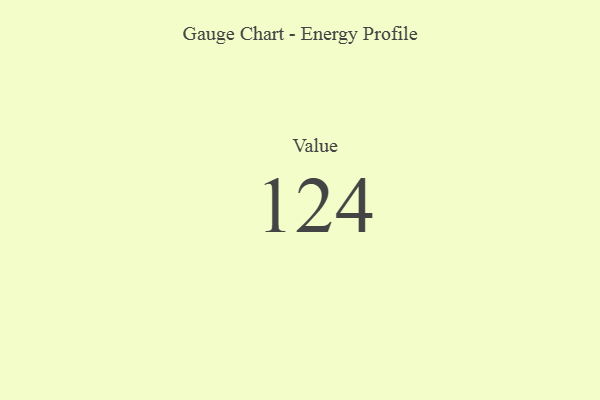
{"axis": {"x": "Metric", "y": "Value"}, "legend": [""], "data": [{"x": "Value", "y": 124, "type": ""}]}